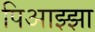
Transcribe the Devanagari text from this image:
पिआझ्झा